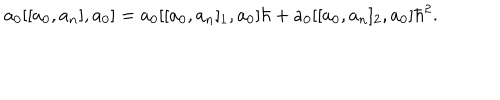
a _ { 0 } [ [ a _ { 0 } , a _ { n } ] , a _ { 0 } ] = a _ { 0 } [ [ a _ { 0 } , a _ { n } ] _ { 1 } , a _ { 0 } ] \hbar + a _ { 0 } [ [ a _ { 0 } , a _ { n } ] _ { 2 } , a _ { 0 } ] \hbar ^ { 2 } .